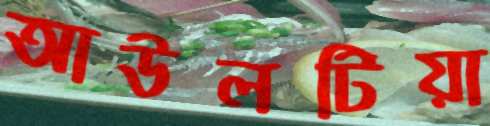
আউলটিয়া